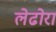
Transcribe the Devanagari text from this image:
लेढोरा